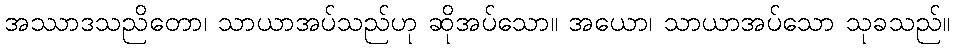
အဿာဒသညိတော၊ သာယာအပ်သည်ဟု ဆိုအပ်သော။ အယော၊ သာယာအပ်သော သုခသည်။